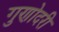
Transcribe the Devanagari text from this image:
गुणोदरी